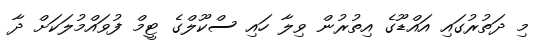
މި ދަތުރުގައި އައްޑޫގެ އިތުރުން ވިލާ ހައި ސްކޫލްގެ ޓީމް ފުވައްމުލަކަށް ދާ